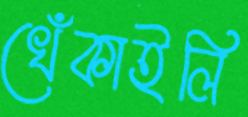
খেঁকাইলি